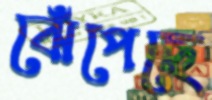
ঝেঁপেছে